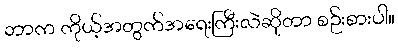
ဘာက ကိုယ့်အတွက်အရေးကြီးလဲဆိုတာ စဉ်းစားပါ။